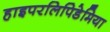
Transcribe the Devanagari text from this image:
हाइपरलिपिडेमिया